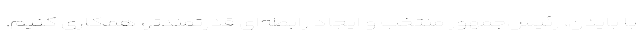
با بایدن، رئیس‌جمهور منتخب و ایجاد رابطه‌ای قدرتمندتر، همکاری کنیم.